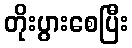
တိုးပွားစေပြီး